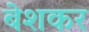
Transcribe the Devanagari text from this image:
बेशकर